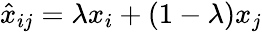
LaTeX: \hat{x}_{ij}=\lambda x_{i}+(1-\lambda)x_{j}